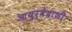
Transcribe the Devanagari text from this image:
आयुर्वेदाशी